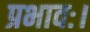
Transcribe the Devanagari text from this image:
प्रभावः।